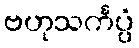
ဗဟုသင်္ကပ္ပံ